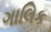
ગાલિક